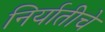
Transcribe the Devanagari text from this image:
निर्यातीचे